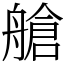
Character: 艙